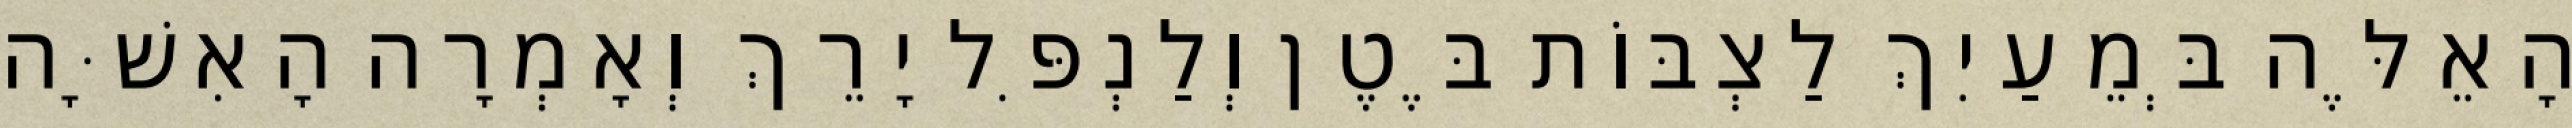
הָאֵלֶּה בְּמֵעַיִךְ לַצְבּוֹת בֶּטֶן וְלַנְפִּל יָרֵךְ וְאָמְרָה הָאִשָּׁה